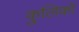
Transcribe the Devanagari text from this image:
कुलिकों